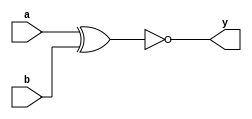
// Code for xnor_gate  
module xnor_gate(
  input a,
  input b,
  output y
);
  xnor(y,a,b);
endmodule